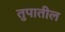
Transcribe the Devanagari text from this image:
तुपातील